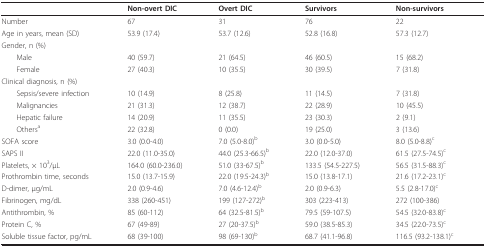
<table><thead><tr><td></td><td><b>Non-overt DIC</b></td><td><b>Overt DIC</b></td><td><b>Survivors</b></td><td><b>Non-survivors</b></td></tr></thead><tbody><tr><td>Number</td><td>67</td><td>31</td><td>76</td><td>22</td></tr><tr><td>Age in years, mean (SD)</td><td>53.9 (17.4)</td><td>53.7 (12.6)</td><td>52.8 (16.8)</td><td>57.3 (12.7)</td></tr><tr><td>Gender, n (%)</td><td></td><td></td><td></td><td></td></tr><tr><td> Male</td><td>40 (59.7)</td><td>21 (64.5)</td><td>46 (60.5)</td><td>15 (68.2)</td></tr><tr><td> Female</td><td>27 (40.3)</td><td>10 (35.5)</td><td>30 (39.5)</td><td>7 (31.8)</td></tr><tr><td>Clinical diagnosis, n (%)</td><td></td><td></td><td></td><td></td></tr><tr><td> Sepsis/severe infection</td><td>10 (14.9)</td><td>8 (25.8)</td><td>11 (14.5)</td><td>7 (31.8)</td></tr><tr><td> Malignancies</td><td>21 (31.3)</td><td>12 (38.7)</td><td>22 (28.9)</td><td>10 (45.5)</td></tr><tr><td> Hepatic failure</td><td>14 (20.9)</td><td>11 (35.5)</td><td>23 (30.3)</td><td>2 (9.1)</td></tr><tr><td> Others<sup>a</sup></td><td>22 (32.8)</td><td>0 (0.0)</td><td>19 (25.0)</td><td>3 (13.6)</td></tr><tr><td>SOFA score</td><td>3.0 (0.0-4.0)</td><td>7.0 (5.0-8.0)<sup>b</sup></td><td>3.0 (0.0-5.0)</td><td>8.0 (5.0-8.8)<sup>c</sup></td></tr><tr><td>SAPS II</td><td>22.0 (11.0-35.0)</td><td>44.0 (25.3-66.5)<sup>b</sup></td><td>22.0 (12.0-37.0)</td><td>61.5 (27.5-74.5)<sup>c</sup></td></tr><tr><td>Platelets, × 10<sup>3</sup>/μL</td><td>164.0 (60.0-236.0)</td><td>51.0 (33-67.5)<sup>b</sup></td><td>133.5 (54.5-227.5)</td><td>56.5 (31.5-88.3)<sup>c</sup></td></tr><tr><td>Prothrombin time, seconds</td><td>15.0 (13.7-15.9)</td><td>22.0 (19.5-24.3)<sup>b</sup></td><td>15.0 (13.8-17.1)</td><td>21.6 (17.2-23.1)<sup>c</sup></td></tr><tr><td>D-dimer, μg/mL</td><td>2.0 (0.9-4.6)</td><td>7.0 (4.6-12.4)<sup>b</sup></td><td>2.0 (0.9-6.3)</td><td>5.5 (2.8-17.0)<sup>c</sup></td></tr><tr><td>Fibrinogen, mg/dL</td><td>338 (260-451)</td><td>199 (127-272)<sup>b</sup></td><td>303 (223-413)</td><td>272 (100-386)</td></tr><tr><td>Antithrombin, %</td><td>85 (60-112)</td><td>64 (32.5-81.5)<sup>b</sup></td><td>79.5 (59-107.5)</td><td>54.5 (32.0-83.8)<sup>c</sup></td></tr><tr><td>Protein C, %</td><td>67 (49-89)</td><td>27 (20-37.5)<sup>b</sup></td><td>59.0 (38.5-85.3)</td><td>34.5 (22.0-73.5)<sup>c</sup></td></tr><tr><td>Soluble tissue factor, pg/mL</td><td>68 (39-100)</td><td>98 (69-130)<sup>b</sup></td><td>68.7 (41.1-96.8)</td><td>116.5 (93.2-138.1)<sup>c</sup></td></tr></tbody></table>